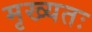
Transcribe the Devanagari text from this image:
मृख्यतः